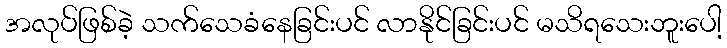
အလုပ်ဖြစ်ခဲ့ သက်သေခံနေခြင်းပင် လာနိုင်ခြင်းပင် မသိရသေးဘူးပေါ့